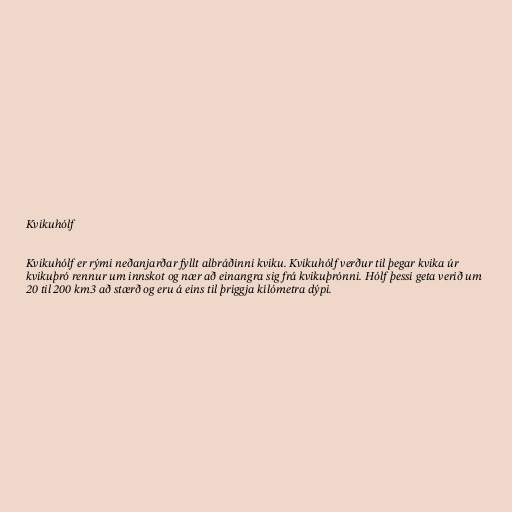
Kvikuhólf

Kvikuhólf er rými neðanjarðar fyllt albráðinni kviku. Kvikuhólf verður til þegar kvika úr
kvikuþró rennur um innskot og nær að einangra sig frá kvikuþrónni. Hólf þessi geta verið um
20 til 200 km3 að stærð og eru á eins til þriggja kílómetra dýpi.